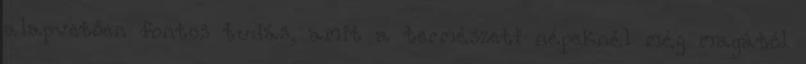
alapvetően fontos tudás, amit a természeti népeknél még magától